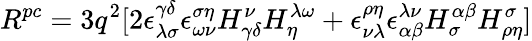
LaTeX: R^{pc}=3q^{2}[2\epsilon_{\lambda\sigma}^{\gamma\delta}\epsilon_{\omega\nu}^{\sigma\eta}H_{\gamma\delta}^{\nu}H_{\eta}^{\lambda\omega}+\epsilon_{\nu\lambda}^{\rho\eta}\epsilon_{\alpha\beta}^{\lambda\nu}H_{\sigma}^{\alpha\beta}H_{\rho\eta}^{\sigma}]